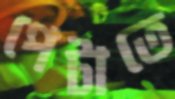
পেটাতে